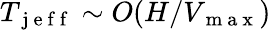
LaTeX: T_{\mathrm{~j~e~f~f~}}\sim O(H/V_{\mathrm{~m~a~x~}})